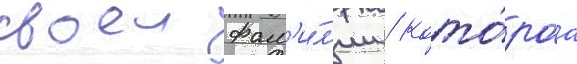
своеи фам'и́л'ии / кото́раа